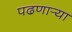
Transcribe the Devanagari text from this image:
पढणार्‍या